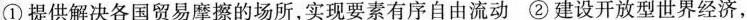
①提供解决各国贸易摩擦的场所，实现要素有序自由流动 ②建设开放型世界经济，